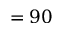
= 9 0